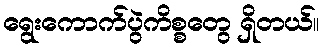
ရွေးကောက်ပွဲကိစ္စတွေ ရှိတယ်။